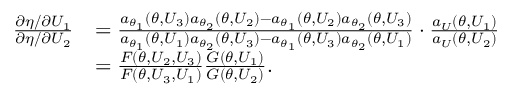
\begin{array} { r l } { \frac { \partial \eta / \partial U _ { 1 } } { \partial \eta / \partial U _ { 2 } } } & { = \frac { a _ { \theta _ { 1 } } ( \theta , U _ { 3 } ) a _ { \theta _ { 2 } } ( \theta , U _ { 2 } ) - a _ { \theta _ { 1 } } ( \theta , U _ { 2 } ) a _ { \theta _ { 2 } } ( \theta , U _ { 3 } ) } { a _ { \theta _ { 1 } } ( \theta , U _ { 1 } ) a _ { \theta _ { 2 } } ( \theta , U _ { 3 } ) - a _ { \theta _ { 1 } } ( \theta , U _ { 3 } ) a _ { \theta _ { 2 } } ( \theta , U _ { 1 } ) } \cdot \frac { a _ { U } ( \theta , U _ { 1 } ) } { a _ { U } ( \theta , U _ { 2 } ) } } \\ & { = \frac { F ( \theta , U _ { 2 } , U _ { 3 } ) } { F ( \theta , U _ { 3 } , U _ { 1 } ) } \frac { G ( \theta , U _ { 1 } ) } { G ( \theta , U _ { 2 } ) } . } \end{array}